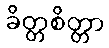
ခိတ္တစိတ္တာ